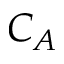
C _ { A }